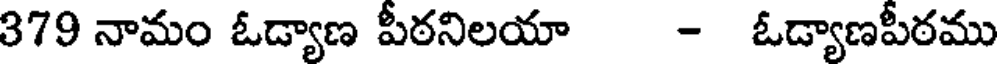
379 నామం ఓడ్యాణ పీఠనిలయా - ఓడ్యాణపీఠము